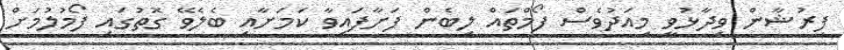
ފިރުޝާން ވިދާޅުވީ މިއަދުވެސް ފޯމްތައް ލިބެން ފަށާފައިވާ ކަމަށާއި ބެލެވޭ ގޮތުގައި ފޯމުލުމަށް